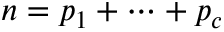
n = p _ { 1 } + \cdots + p _ { c }